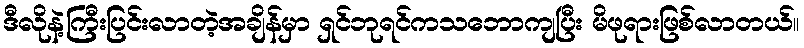
ဒီလိုနဲ့ကြီးပြင်းလာတဲ့အချိန်မှာ ရှင်ဘုရင်ကသဘောကျပြီး မိဖုရားဖြစ်လာတယ်။